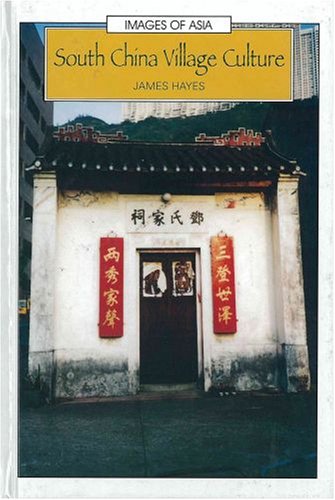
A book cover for South China Village Culture (Images of Asia); James Hayes; History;